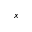
x